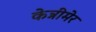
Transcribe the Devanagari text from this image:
केन्नीमेर